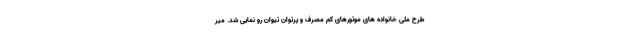
طرح ملی خانواده های موتورهای کم مصرف و پرتوان تیوان رو نمایی شد. میر